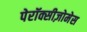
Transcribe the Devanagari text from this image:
पेरॉक्सीज़ोमेस